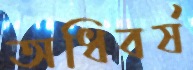
অধিবর্ষ